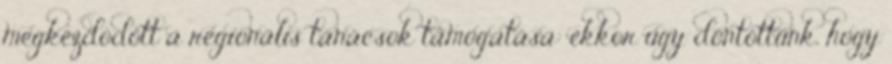
megkezdôdött a regionális tanácsok támogatása: ekkor úgy döntöttünk, hogy